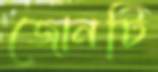
জোনটি